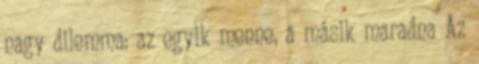
nagy dilemma: az egyik menne, a másik maradna Az